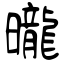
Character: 曨